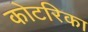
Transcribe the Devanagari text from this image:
कोटरिका